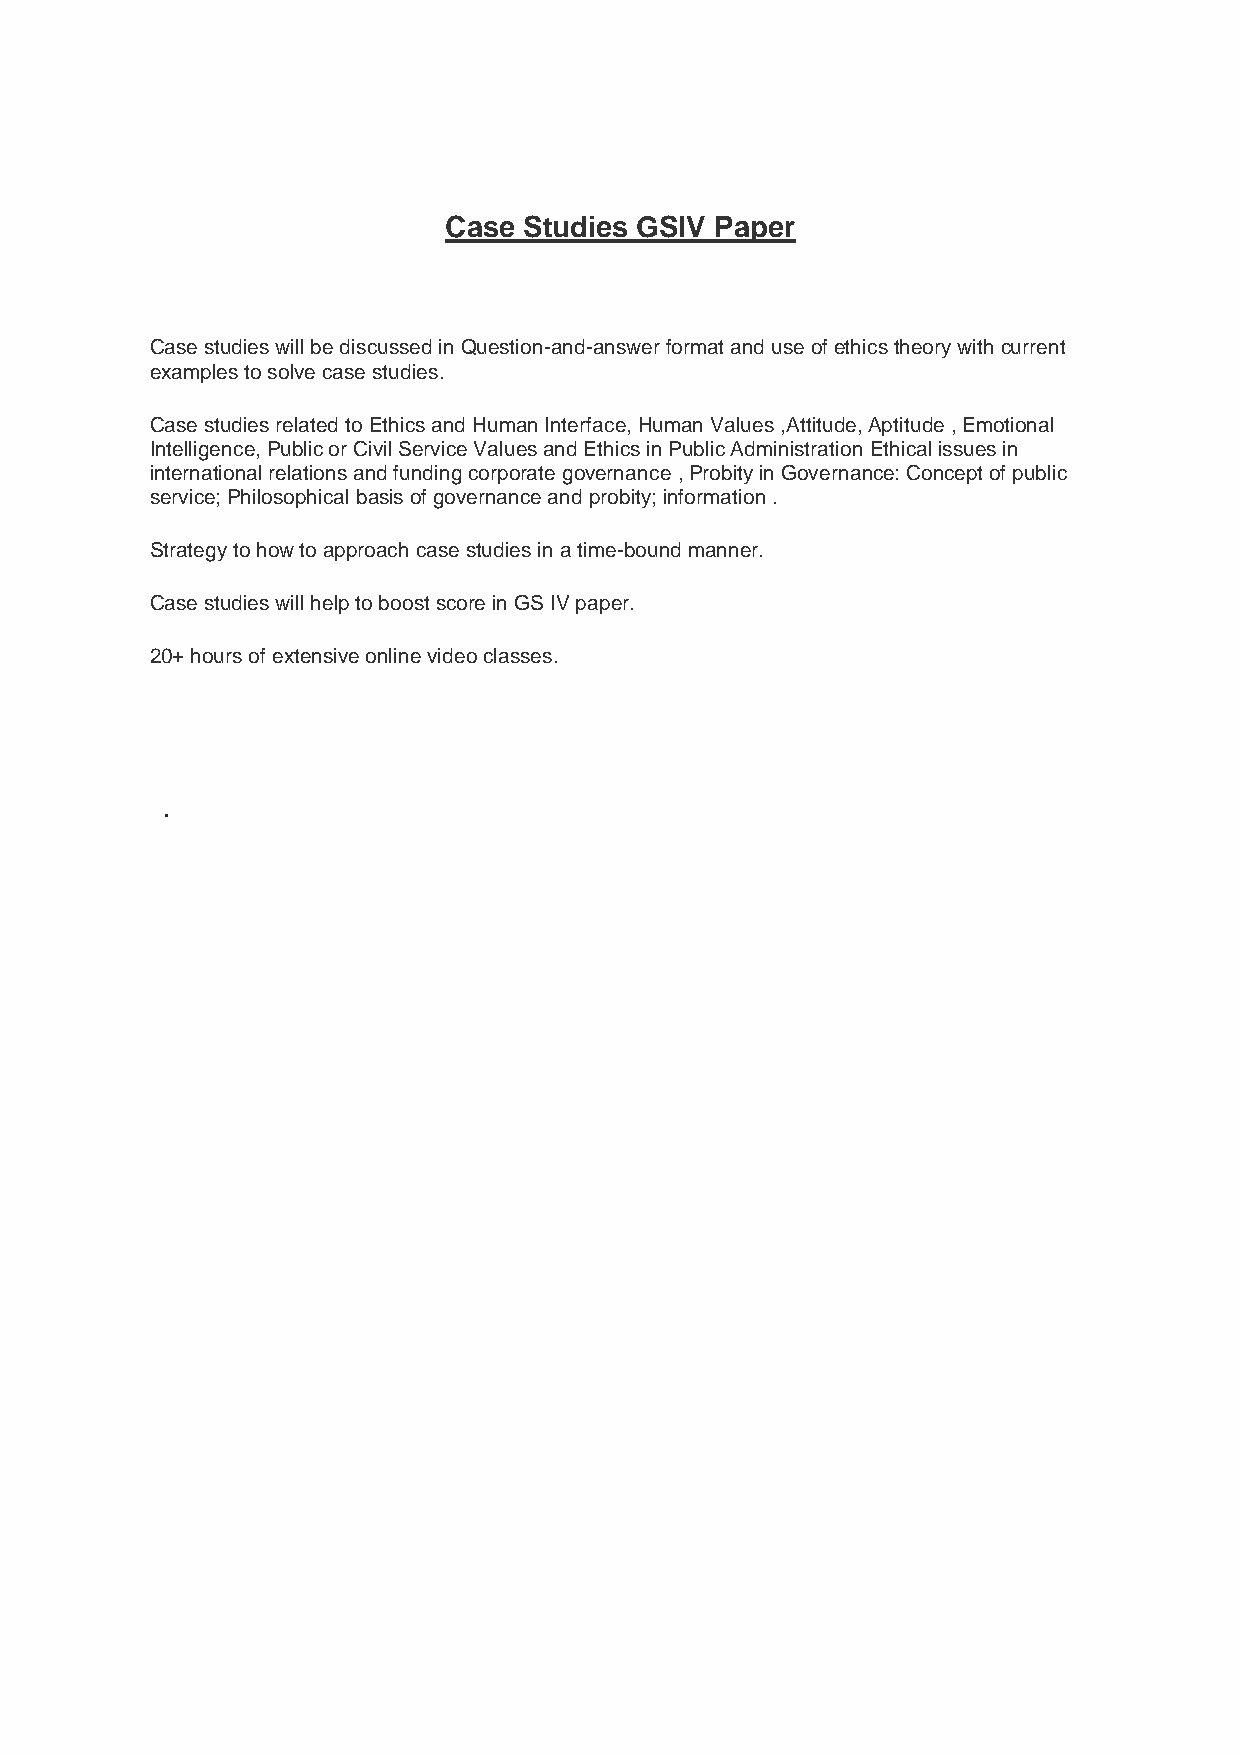
Case  Studies GSIV Paper
 Case studies will be discussed in Question-and-answer format and use of ethics theory with current
 examples to solve case studies.
 Case studies related to Ethics and Human Interface, Human Values ,Attitude, Aptitude , Emotional
 Intelligence, Public or Civil Service Values and Ethics in Public Administration Ethical issues in
 international relations and funding corporate governance , Probity in Governance: Concept of public
 service; Philosophical basis of governance and probity; information .
 Strategy to how to approach case studies in a time-bound manner.
 Case studies will help to boost score in GS IV paper.
 20+ hours of extensive online video classes.
 .